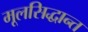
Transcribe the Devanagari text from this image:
मूलसिद्धान्त